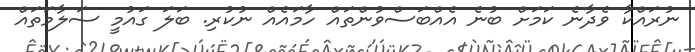
ނުރައްކާ ވެދާނެ ކަމަށް ބުނެ އެއްބަސްވުންތައް ހާމައެއް ނުކުރި. ބަލަ ގައުމީ ސަލާމަތައް